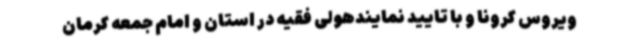
ویروس کرونا و با تایید نمایندهولی فقیه در استان و امام جمعه کرمان